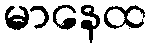
မာနေထ